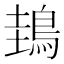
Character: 䳏